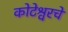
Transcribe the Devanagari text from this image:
कोटेश्वरचे